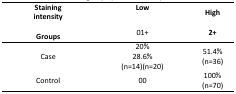
<table><thead><tr><td rowspan="2"><b>StainingintensityGroups</b></td><td><b>Low</b></td><td><b>High</b></td></tr><tr><td><b>01+</b></td><td><b>2+</b></td></tr></thead><tbody><tr><td>Case</td><td>20%28.6%(n=14)(n=20)</td><td>51.4%(n=36)</td></tr><tr><td>Control</td><td>00</td><td>100%(n=70)</td></tr></tbody></table>